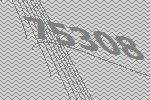
75308